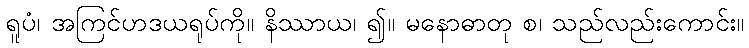
ရူပံ၊ အကြင်ဟဒယရုပ်ကို။ နိဿာယ၊ ၍။ မနောဓာတု စ၊ သည်လည်းကောင်း။